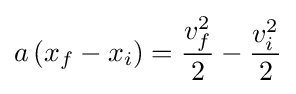
a\left(x_{f}-x_{i}\right)={\frac {v_{f}^{2}}{2}}-{\frac {v_{i}^{2}}{2}}